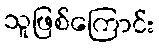
သူဖြစ်ကြောင်း